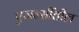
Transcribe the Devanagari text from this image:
एजन्सींतील